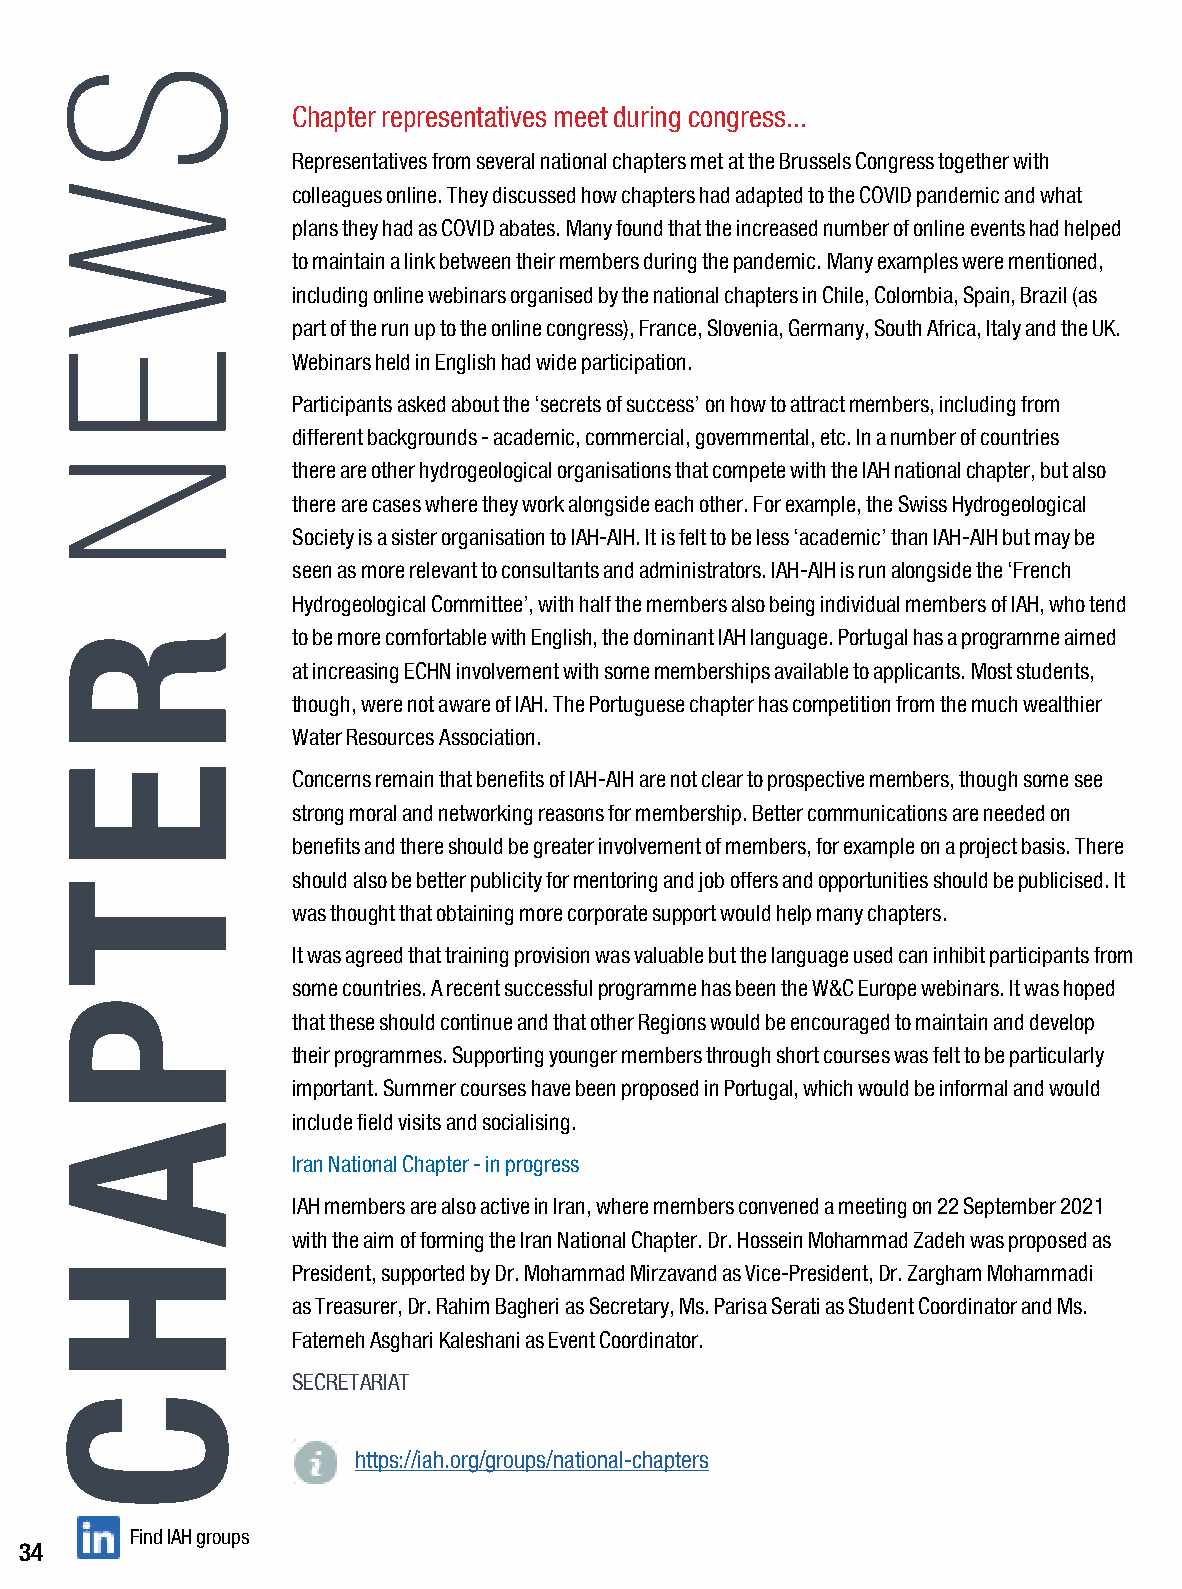
Chapter representatives meet during congress...
 Representatives from several national chapters met at the Brussels Congress together with
 colleagues online. They discussed how chapters had adapted to the COVID pandemic and what
 plans they had as COVID abates. Many found that the increased number of online events had helped
 to maintain a link between their members during the pandemic. Many examples were mentioned,
 including online webinars organised by the national chapters in Chile, Colombia, Spain, Brazil (as
 part of the run up to the online congress), France, Slovenia, Germany, South Africa, Italy and the UK.
 Webinars held in English had wide participation.
 Participants asked about the ‘secrets of success’ on how to attract members, including from
 different backgrounds - academic, commercial, governmental, etc. In a number of countries
 there are other hydrogeological organisations that compete with the IAH national chapter, but also
 there are cases where they work alongside each other. For example, the Swiss Hydrogeological
 Society is a sister organisation to IAH-AIH. It is felt to be less ‘academic’ than IAH-AIH but may be
 seen as more relevant to consultants and administrators. IAH-AIH is run alongside the ‘French
 Hydrogeological Committee’, with half the members also being individual members of IAH, who tend
 to be more comfortable with English, the dominant IAH language. Portugal has a programme aimed
 at increasing ECHN involvement with some memberships available to applicants. Most students,
 though, were not aware of IAH. The Portuguese chapter has competition from the much wealthier
 Water Resources Association.
 Concerns remain that benefits of IAH-AIH are not clear to prospective members, though some see
 strong moral and networking reasons for membership. Better communications are needed on
 benefits and there should be greater involvement of members, for example on a project basis. There
 should also be better publicity for mentoring and job offers and opportunities should be publicised. It
 was thought that obtaining more corporate support would help many chapters.
 It was agreed that training provision was valuable but the language used can inhibit participants from
 some countries. A recent successful programme has been the W&C Europe webinars. It was hoped
 that these should continue and that other Regions would be encouraged to maintain and develop
 their programmes. Supporting younger members through short courses was felt to be particularly
 important. Summer courses have been proposed in Portugal, which would be informal and would
 include field visits and socialising.
 Iran National Chapter - in progress
 IAH members are also active in Iran, where members convened a meeting on 22 September 2021
 with the aim of forming the Iran National Chapter. Dr. Hossein Mohammad Zadeh was proposed as
 President, supported by Dr. Mohammad Mirzavand as Vice-President, Dr. Zargham Mohammadi
 as Treasurer, Dr. Rahim Bagheri as Secretary, Ms. Parisa Serati as Student Coordinator and Ms.
 Fatemeh Asghari Kaleshani as Event Coordinator.
 SECRETARIAT
 https://iah.org/groups/national-chapters
 Find IAH groups
 34
 S
 W
 E
 N
 R
 E
 T
 P
 A
 H
 C